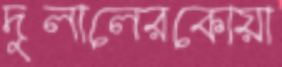
দুলালেরকোয়া